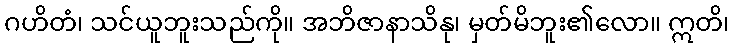
ဂဟိတံ၊ သင်ယူဘူးသည်ကို။ အဘိဇာနာသိနု၊ မှတ်မိဘူး၏လော။ ဣတိ၊